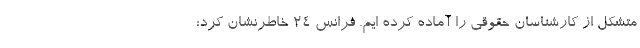
متشکل از کارشناسان حقوقی را آماده کرده ایم. فرانس ۲۴ خاطرنشان کرد: